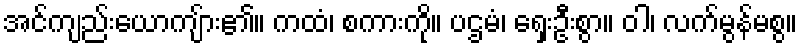
အင်ကျည်းယောကျ်ား၏။ ကထံ၊ စကားကို။ ပဌမံ၊ ရှေးဦးစွာ။ ဝါ၊ လက်မွန်မစွ။